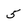
Character: 5